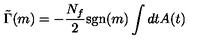
\tilde { \Gamma } ( m ) = - \frac { N _ { f } } { 2 } \mathrm { s g n } ( m ) \int d t A ( t )